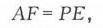
\(AF = PE\)